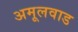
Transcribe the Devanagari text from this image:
अमूलवाड